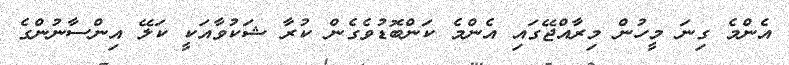
އެންމެ ގިނަ މީހުން މިރާއްޖޭގައި އެންމެ ކަންބޮޑުވެގެން ކުރާ ޝަކުވާއަކީ ކަލޭ އިންސާނުންގެ